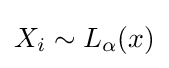
X_{i}\sim L_{\alpha }(x)